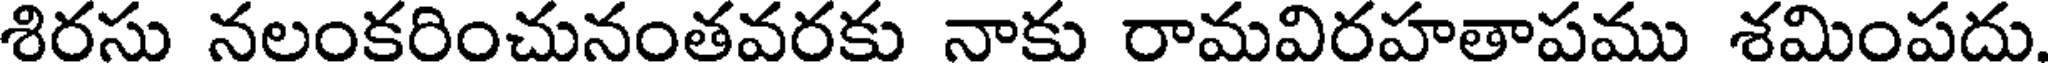
శిరసు నలంకరించునంతవరకు నాకు రామవిరహతాపము శమింపదు